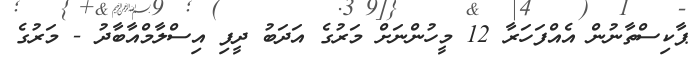
ޕާކިސްތާނުން އެއްފަހަރާ 12 މީހުންނަށް މަރުގެ އަދަބު ދީފި އިސްލާމްއާބާދު - މަރުގެ